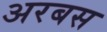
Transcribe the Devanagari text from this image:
अरबस